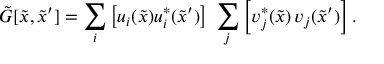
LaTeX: { \tilde { G } } [ { \tilde { x } } , { \tilde { x } ^ { \prime } } ] = \sum _ { i } \left[ u _ { i } ( { \tilde { x } } ) u _ { i } ^ { * } ( { \tilde { x } ^ { \prime } } ) \right] \; \sum _ { j } \left[ v _ { j } ^ { * } ( { \tilde { x } } ) \, v _ { j } ( { \tilde { x } ^ { \prime } } ) \right] .